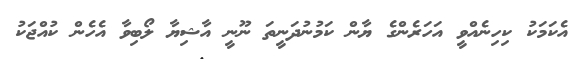
އެކަމަކު ކިހިނެއްވީ އަހަރެންގެ ޔާން ކަމުނުދަނީތަ ނޫނީ އާޝިޔާ ލޯބިވާ އެހެން ކުއްޖަކު